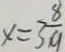
x = 3 \frac { 8 } { 9 }